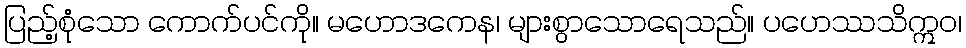
ပြည့်စုံသော ကောက်ပင်ကို။ မဟောဒကေန၊ များစွာသောရေသည်။ ပဟေဿသိဣဝ၊